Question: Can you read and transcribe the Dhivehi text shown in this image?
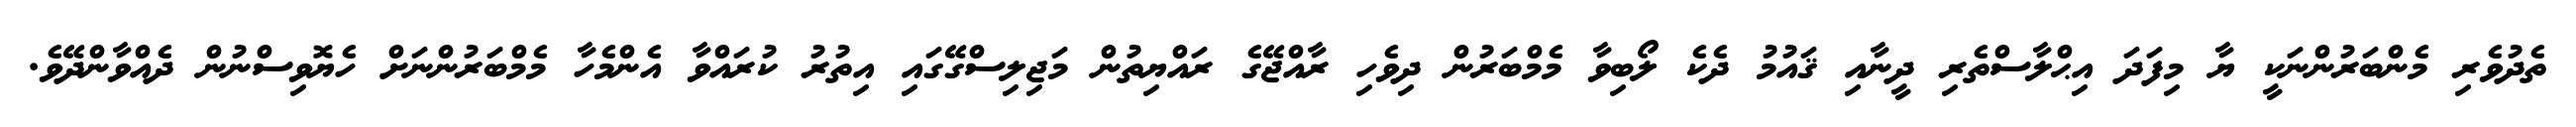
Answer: ތެދުވެރި މެންބަރުންނަކީ ޔާ މިފަދަ އިޙްލާސްތެރި ދީނާއި ޤައުމު ދެކެ ލޯބިވާ މެމްބަރުން ދިވެހި ރާއްޖޭގެ ރައްޔިތުން މަޖިލިސްގޭގައި އިތުރު ކުރައްވާ އެންމެހާ މެމްބަރުންނަށް ހެޔޮވިސްނުން ދެއްވާންދޭވެ.